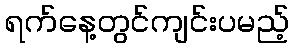
ရက်နေ့တွင်ကျင်းပမည့်